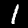
Label: 1